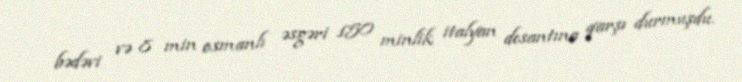
bədəvi və 8 min osmanlı əsgəri 150 minlik italyan desantına qarşı durmuşdu.